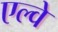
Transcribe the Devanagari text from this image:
एल्वे